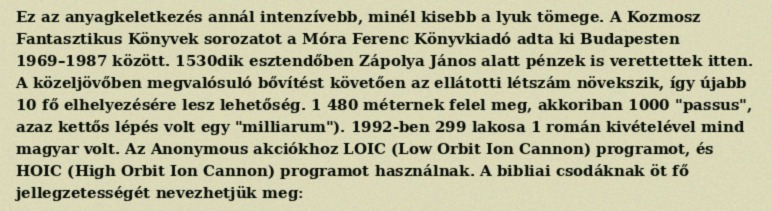
Ez az anyagkeletkezés annál intenzívebb, minél kisebb a lyuk tömege. A Kozmosz Fantasztikus Könyvek sorozatot a Móra Ferenc Könyvkiadó adta ki Budapesten 1969–1987 között. 1530dik esztendőben Zápolya János alatt pénzek is verettettek itten. A közeljövőben megvalósuló bővítést követően az ellátotti létszám növekszik, így újabb 10 fő elhelyezésére lesz lehetőség. 1 480 méternek felel meg, akkoriban 1000 "passus", azaz kettős lépés volt egy "milliarum"). 1992-ben 299 lakosa 1 román kivételével mind magyar volt. Az Anonymous akciókhoz LOIC (Low Orbit Ion Cannon) programot, és HOIC (High Orbit Ion Cannon) programot használnak. A bibliai csodáknak öt fő jellegzetességét nevezhetjük meg: